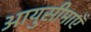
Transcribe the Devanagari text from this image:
आयुसीमाएँ